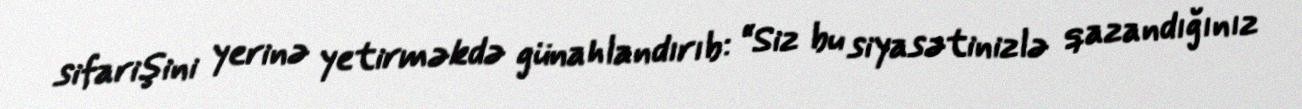
sifarişini yerinə yetirməkdə günahlandırıb: “Siz bu siyasətinizlə qazandığınız